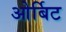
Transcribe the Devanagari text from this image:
ओर्बिट